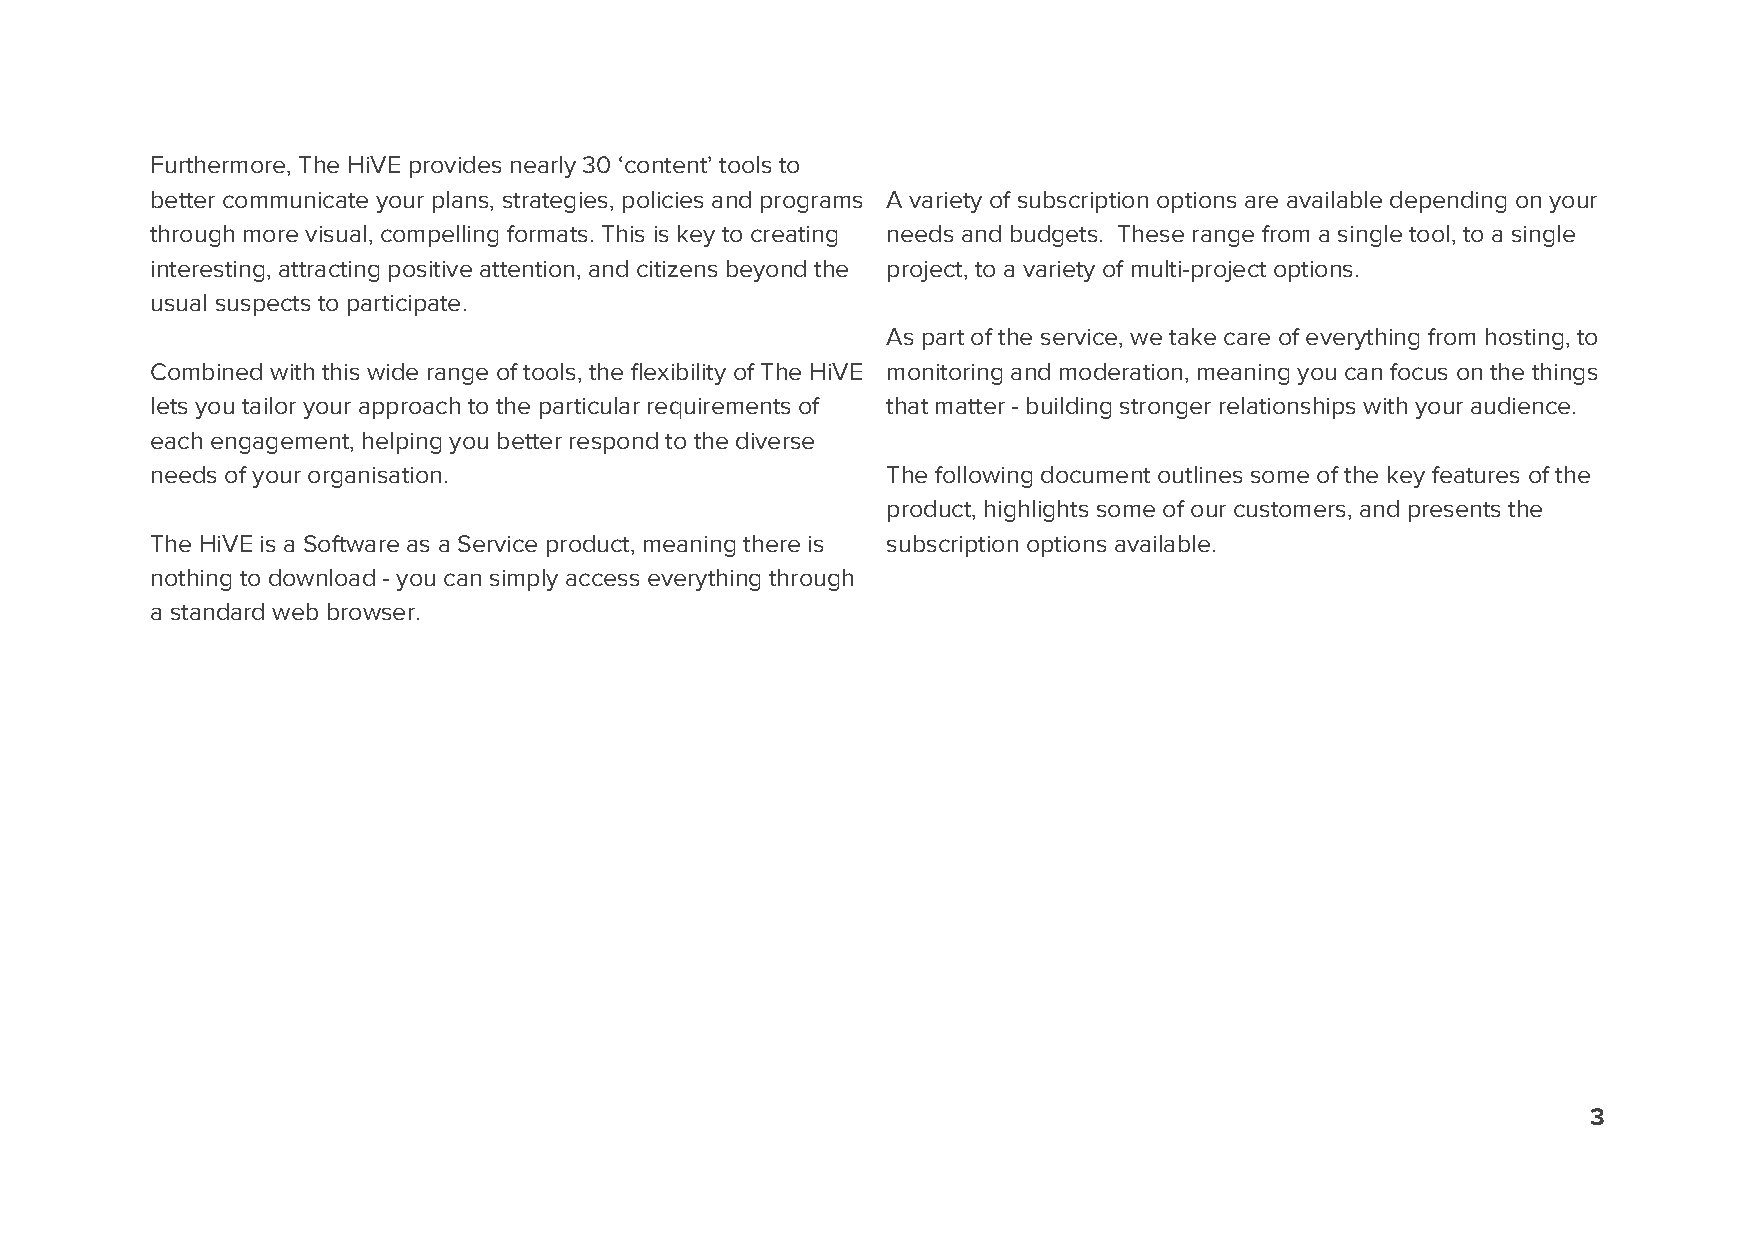
Furthermore, The HiVE provides nearly 30 ‘content’ tools to
 better communicate your plans, strategies, policies and programs A variety of subscription options are available depending on your
 through more visual, compelling formats. This is key to creating needs and budgets. These range from a single tool, to a single
 interesting, attracting positive attention, and citizens beyond the project, to a variety of multi-project options.
 usual suspects to participate.
 As part of the service, we take care of everything from hosting, to
 Combined with this wide range of tools, the flexibility of The HiVE monitoring and moderation, meaning you can focus on the things
 lets you tailor your approach to the particular requirements of that matter - building stronger relationships with your audience.
 each engagement, helping you better respond to the diverse
 needs of your organisation.                      The following document outlines some of the key features of the
 product, highlights some of our customers, and presents the
 The HiVE is a Software as a Service product, meaning there is subscription options available.
 nothing to download - you can simply access everything through
 a standard web browser.
 3